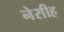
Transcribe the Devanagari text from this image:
नेसीह